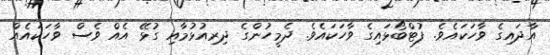
އާދައިގެ ވާހަކައެވެ. ފުޓްބޯޅައިގެ ވާހަކައެވެ. ދެމީހުންގެ ދިރިއުޅުމާއި ގުޅޭ އެއް ވެސް ވާހަކައެއް